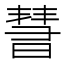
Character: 𣊄